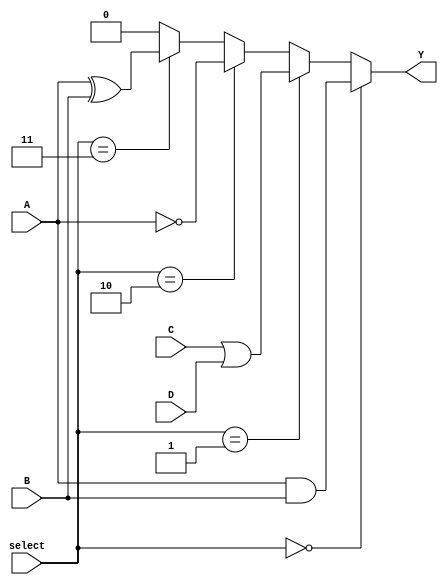
module CLB (
    input wire A,  // Input A
    input wire B,  // Input B
    input wire C,  // Input C
    input wire D,  // Input D
    input wire [2:0] select, // Select lines for programmable logic
    output wire Y  // Output Y
);

// Internal signals for logic cells
wire and_out;
wire or_out;
wire not_out;
wire xor_out;

// Logic Cell Implementation
// Example Logic Cells
assign and_out = A & B;       // AND Logic Cell
assign or_out  = C | D;       // OR Logic Cell
assign not_out = ~A;          // NOT Logic Cell
assign xor_out = A ^ B;       // XOR Logic Cell

// Interconnect Matrix
// Select logic cell output based on select lines
assign Y = (select == 3'b000) ? and_out :
           (select == 3'b001) ? or_out :
           (select == 3'b010) ? not_out :
           (select == 3'b011) ? xor_out :
           1'b0; // Default output

endmodule